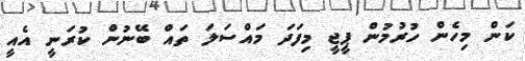
ކަން މިހެން ހުރުމުން ޕީޖީ މިފަދަ މައްސަލަ ތައް ބޭނުން ކުރަނީ އެއީ